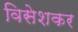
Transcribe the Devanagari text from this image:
विसेशकर